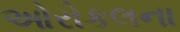
ઓરોકલના